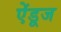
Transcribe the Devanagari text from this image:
ऐंडूज